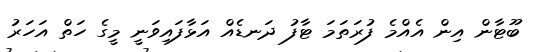
ބޫޓާން އިން އެއްމެ ފުރަތަމަ ޓާފު ދަނޑެއް އަޅާފައިވަނީ މީގެ ހަތް އަހަރު